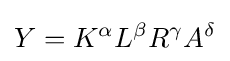
Y=K^{\alpha }L^{\beta }R^{\gamma }A^{\delta }